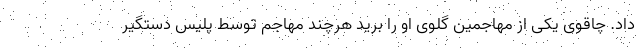
داد. چاقوی یکی از مهاجمین گلوی او را برید هرچند مهاجم توسط پلیس دستگیر